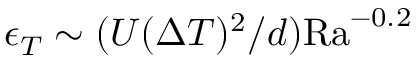
\epsilon _ { T } \sim ( U ( \Delta T ) ^ { 2 } / d ) \mathrm { R a } ^ { - 0 . 2 }